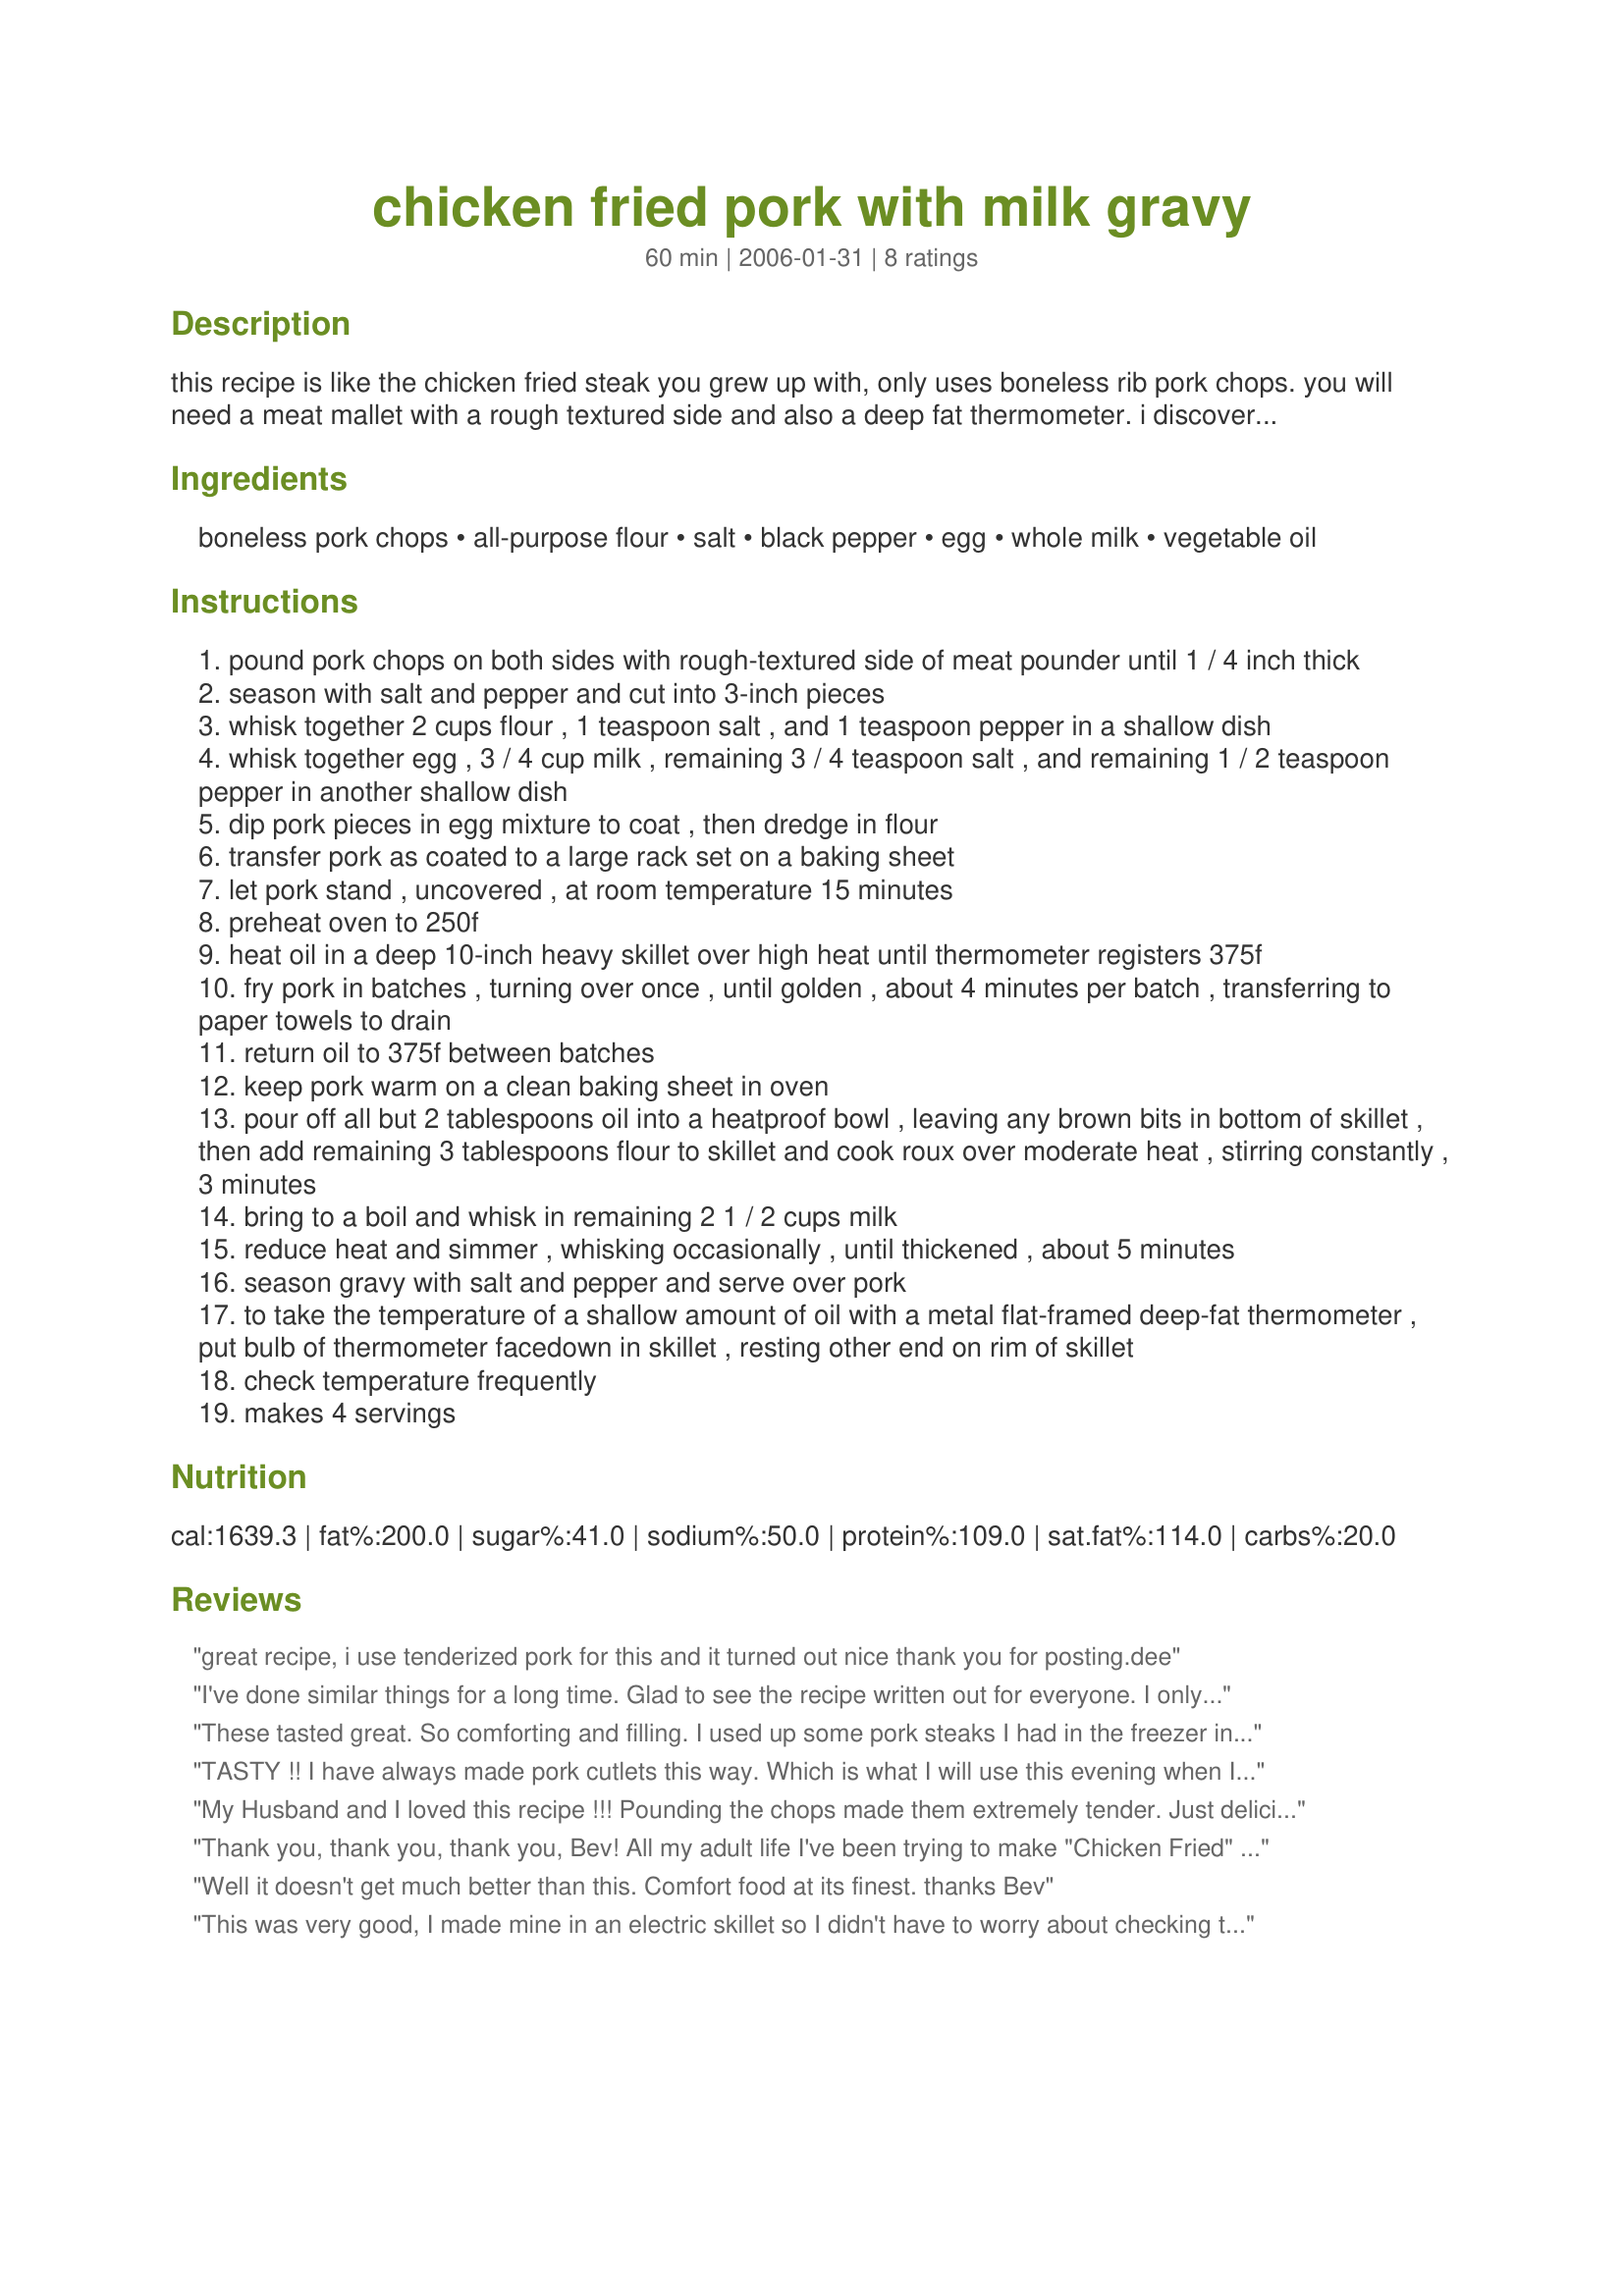
chicken fried pork with milk gravy
Preparation time: 60 minutes

this recipe is like the chicken fried steak you grew up with, only uses boneless rib pork chops. you will need a meat mallet with a rough textured side and also a deep fat thermometer. i discovered this recipe in gourmet.

Ingredients:
boneless pork chops, all-purpose flour, salt, black pepper, egg, whole milk, vegetable oil

Steps:
pound pork chops on both sides with rough-textured side of meat pounder until 1 / 4 inch thick
season with salt and pepper and cut into 3-inch pieces
whisk together 2 cups flour , 1 teaspoon salt , and 1 teaspoon pepper in a shallow dish
whisk together egg , 3 / 4 cup milk , remaining 3 / 4 teaspoon salt , and remaining 1 / 2 teaspoon pepper in another shallow dish
dip pork pieces in egg mixture to coat , then dredge in flour
transfer pork as coated to a large rack set on a baking sheet
let pork stand , uncovered , at room temperature 15 minutes
preheat oven to 250f
heat oil in a deep 10-inch heavy skillet over high heat until thermometer registers 375f
fry pork in batches , turning over once , until golden , about 4 minutes per batch , transferring to paper towels to drain
return oil to 375f between batches
keep pork warm on a clean baking sheet in oven
pour off all but 2 tablespoons oil into a heatproof bowl , leaving any brown bits in bottom of skillet , then add remaining 3 tablespoons flour to skillet and cook roux over moderate heat , stirring constantly , 3 minutes
bring to a boil and whisk in remaining 2 1 / 2 cups milk
reduce heat and simmer , whisking occasionally , until thickened , about 5 minutes
season gravy with salt and pepper and serve over pork
to take the temperature of a shallow amount of oil with a metal flat-framed deep-fat thermometer , put bulb of thermometer facedown in skillet , resting other end on rim of skillet
check temperature frequently
makes 4 servings

Reviews:
great recipe, i use tenderized pork for this and it turned out nice thank you for posting.dee
I've done similar things for a long time. Glad to see the recipe written out for everyone. I only do a couple of things differently. First, I add garlic powder to the dredging flour and some corn starch plus extra salt. Second, I use pork stew meat trimmed of fat. It's cheap and tender and my family loves the bite sizes.
These tasted great. So comforting and filling. I used up some pork steaks I had in the freezer instead of the pork chops and they were awesome. My only complaint was that it didn't make enough gravy for me so I added some pre-made country gravy. Will make again.
TASTY !! I have always made pork cutlets this way. Which is what I will use this evening when I make it. The only difference I can see between what you have written and what I do is some spices. I add a couple of dashes of hot sauce to my egg mixture. And also to my gravy. That is just how I was taught to make chicken fried anything. Make this at least once a month
My Husband and I loved this recipe !!! Pounding the chops made them extremely tender. Just delicious. Thank you for the recipe.
Thank you, thank you, thank you, Bev! All my adult life I've been trying to make "Chicken Fried" anything, with less than satisfactory results. Why? Because the coating would fall or peel off during cooking, either just slipping off, or sticking to the pan and being pulled off. I have followed your recipe twice, now, with excellent results. The only changes I made were to season the flour with some onion powder and smoked paprika as well as the salt and pepper. I think the secret is letting the pounded, egged, and flour-coated meat sit on the racks for the 15 minutes before placing in the hot oil. (the last time I made it, it sat a little over 30 minutes.) The coating did not stick or want to slip off. It stayed married to the meat, thickened slightly, and became golden brown with a nice crunch to the bite upon eating. My family loved this recipe; my husband raving for days about it each time. It IS very fattening, so we won't have it too often, but what a treat to have occasionally. Thank you, again, for posting this recipe..
Well it doesn't get much better than this. Comfort food at its finest. thanks Bev
This was very good, I made mine in an electric skillet so I didn't have to worry about checking temp, these cooked up fast and were good. My gravy needed a bit more flour to thicken up and was a little bland, but I spiced it up and it was fine. Thanks for posting
